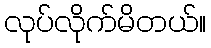
လုပ်လိုက်မိတယ်။